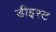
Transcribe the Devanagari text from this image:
डीइस्ट